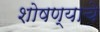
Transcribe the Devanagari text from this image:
शोषण्याचे